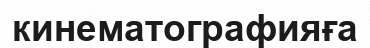
кинематографияға